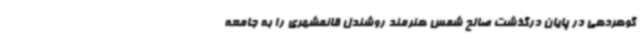
گوهردهی در پایان درگذشت صالح شمس هنرمند روشندل قائمشهری را به جامعه